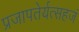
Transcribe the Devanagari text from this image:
प्रजापतेर्यत्सहजं